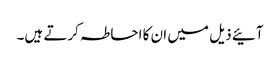
آئیے ذیل میں ان کا احاطہ کرتے ہیں۔